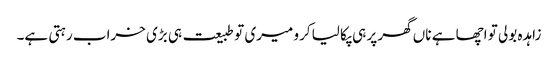
زاہدہ بولی تو اچھا ہے ناں گھر پر ہی پکا لیا کرو میری تو طبیعت ہی بڑی خراب رہتی ہے۔